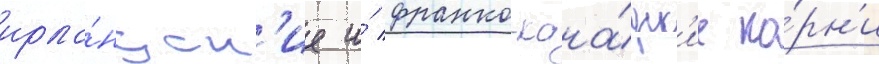
ирла́ндск'ие и́ франко-кана́дск'ие ко́рн'и